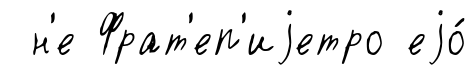
н'е Фрат'еп'иjетро еjо́